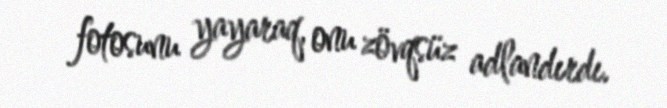
fotosunu yayaraq, onu zövqsüz adlandırdı.